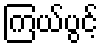
ကြယ်ပွင့်